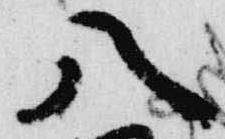
八